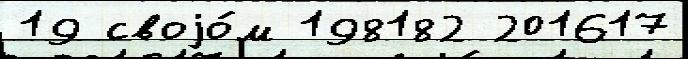
19 своjо́м 198182 201617